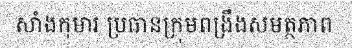
សាំងកុមារ ប្រធានក្រុមពង្រឹងសមត្ថភាព